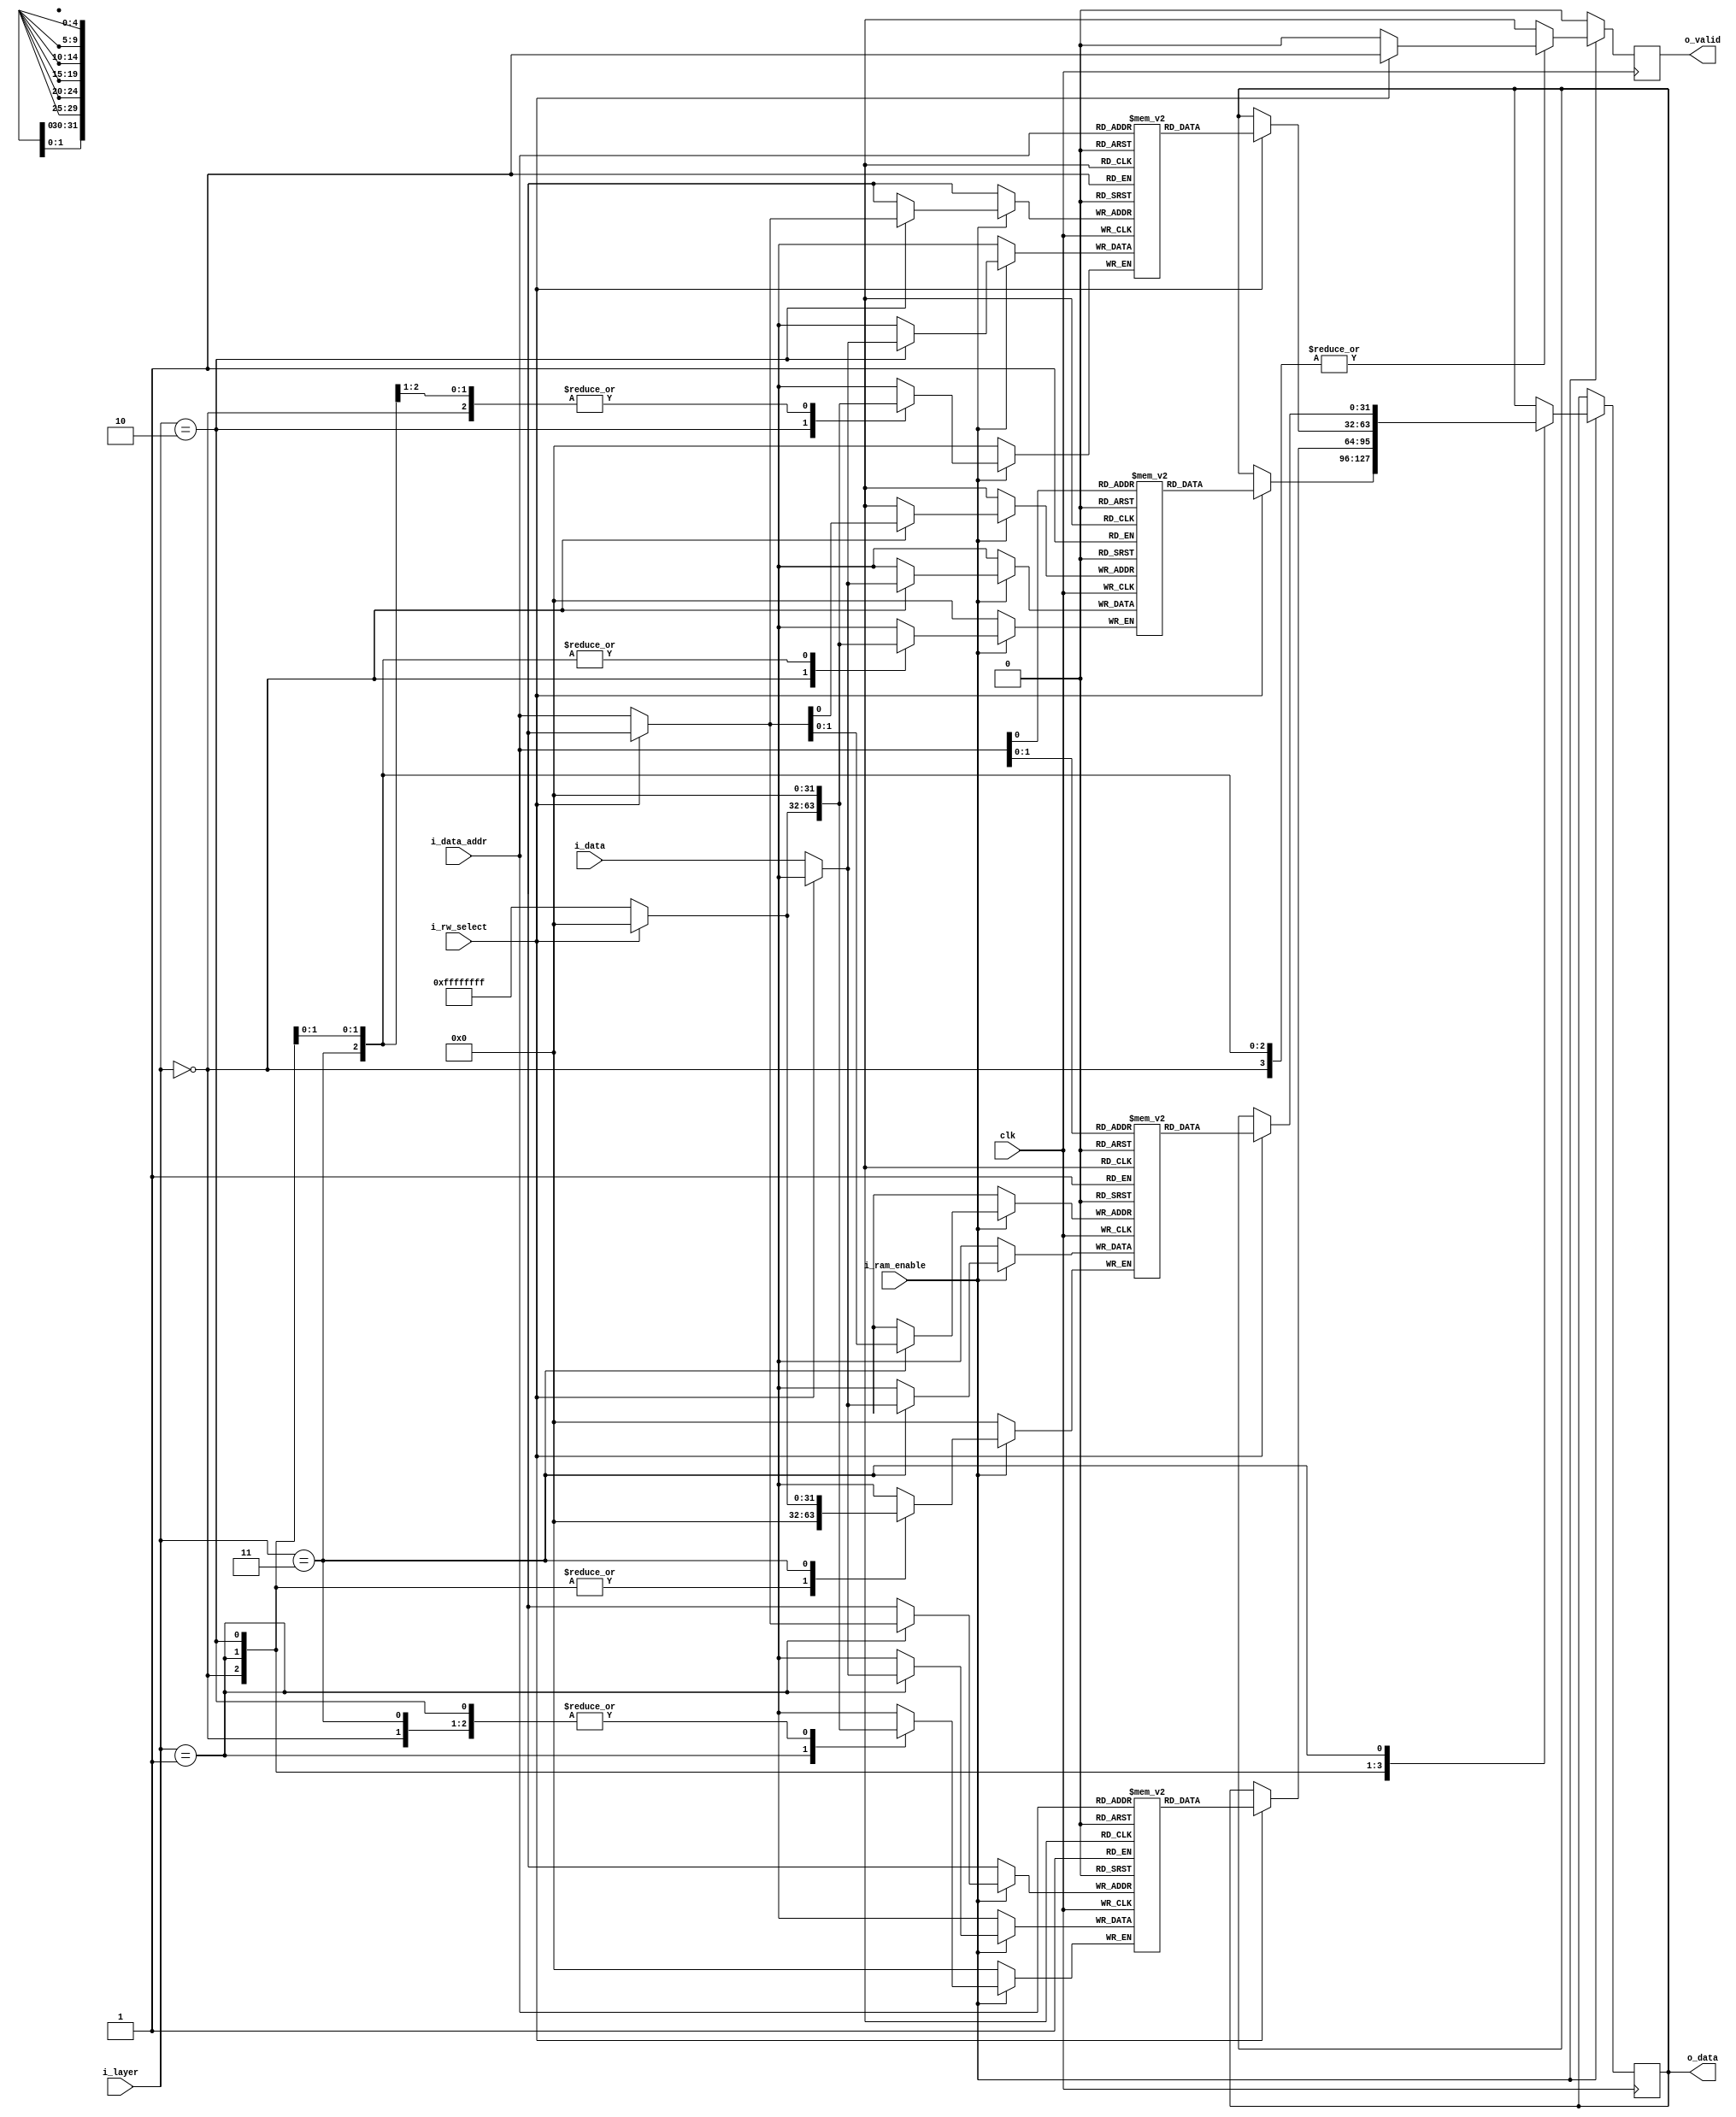
module ram_data
	#(	parameter DATA_WIDTH = 32,
		parameter LAYER_WIDTH = 2,
		parameter NUMBER_OF_INPUT_NODE = 2,
		parameter NUMBER_OF_HIDDEN_NODE_LAYER_1 = 32,
		parameter NUMBER_OF_HIDDEN_NODE_LAYER_2 = 32,
		parameter NUMBER_OF_OUTPUT_NODE = 3
	)
	(
	clk,
	i_ram_enable,
	i_rw_select, // 1 for read, 0 for write
	i_data_addr,
	i_layer,
	i_data,
	o_data,
	o_valid
	);
	localparam BIGEST_WIDTH = $clog2(NUMBER_OF_HIDDEN_NODE_LAYER_1);
	
	
	input							clk;
	input							i_ram_enable;
	input							i_rw_select; // 1 for read, 0 for write
	input 		[BIGEST_WIDTH-1:0]	i_data_addr;
	input		[LAYER_WIDTH-1:0]	i_layer;
	input 		[DATA_WIDTH-1:0] 	i_data;
	output reg 	[DATA_WIDTH-1:0] 	o_data;
	output reg 						o_valid;
	
	(* RAM_STYLE="BLOCK" *)
	reg [DATA_WIDTH-1:0] ram_data_inlayer 	[NUMBER_OF_INPUT_NODE-1:0];
	reg [DATA_WIDTH-1:0] ram_data_hidden_1 	[NUMBER_OF_HIDDEN_NODE_LAYER_1-1:0];
	reg [DATA_WIDTH-1:0] ram_data_hidden_2 	[NUMBER_OF_HIDDEN_NODE_LAYER_2-1:0];
	reg [DATA_WIDTH-1:0] ram_data_outlayer 	[NUMBER_OF_OUTPUT_NODE-1:0];

	always @(posedge clk) begin
		if (i_ram_enable) begin
			case (i_layer)
				2'b00: // INPUT LAYER
					begin
						if (i_rw_select) begin // read
							o_data <= ram_data_inlayer[i_data_addr];
							o_valid <= 1;
						end
						else begin // write
							ram_data_inlayer[i_data_addr] <= i_data;
							o_valid <= 0;
						end
					end
				2'b01: // HIDDEN 1 LAYER
					begin
						if (i_rw_select) begin // read
							o_data <= ram_data_hidden_1[i_data_addr];
							o_valid <= 1;
						end
						else begin // write
							ram_data_hidden_1[i_data_addr] <= i_data;
							o_valid <= 0;
						end
					end
				2'b10: // HIDDEN 2 LAYER
					begin
						if (i_rw_select) begin // read
							o_data <= ram_data_hidden_2[i_data_addr];
							o_valid <= 1;
						end
						else begin // write
							ram_data_hidden_2[i_data_addr] <= i_data;
							o_valid <= 0;
						end
					end
				2'b11: // OUTPUT LAYER
					begin
						if (i_rw_select) begin // read
							o_data <= ram_data_outlayer[i_data_addr];
							o_valid <= 1;
						end
						else begin // write
							ram_data_outlayer[i_data_addr] <= i_data;
							o_valid <= 0;
						end
					end
				
			endcase
		end
		else o_valid <= 0;
	end
	
	// function for clog2
	function integer clog2;
	input integer value;
	begin
		value = value-1;
		for (clog2=0; value>0; clog2=clog2+1)
			value = value>>1;
	end
	endfunction
	
endmodule